Leaving Certificate Examination (including Day School Certificate (Higher) General paper), 1936
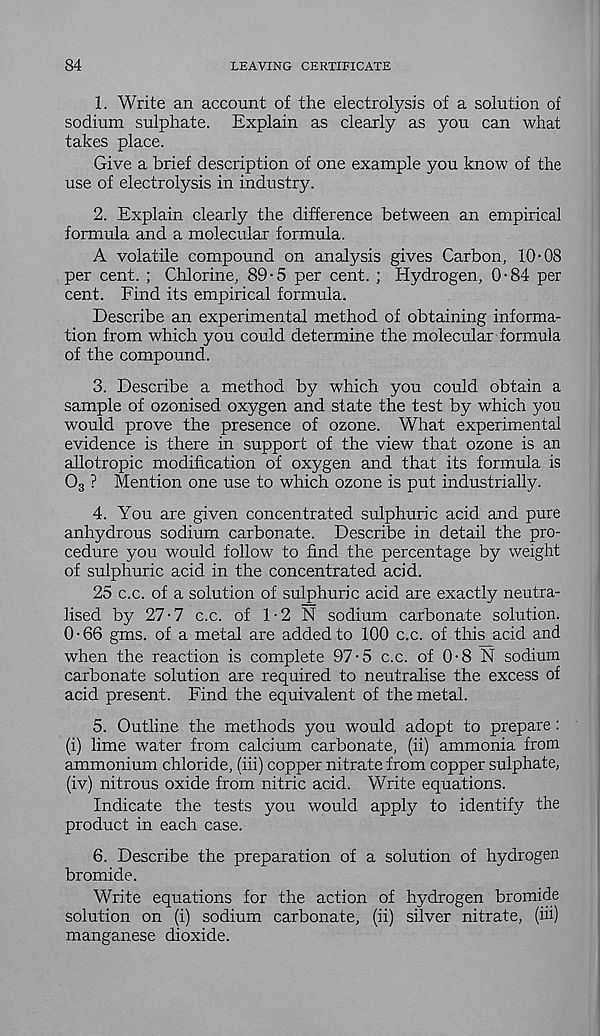
84
LEAVING CERTIFICATE
1. Write an account of the electrolysis of a solution of
sodium sulphate. Explain as clearly as you can what
takes place.
Give a brief description of one example you know of the
use of electrolysis in industry.
2. Explain clearly the difference between an empirical
formula and a molecular formula.
A volatile compound on analysis gives Carbon, 10-08
per cent. ; Chlorine, 89-5 per cent. ; Hydrogen, 0-84 per
cent. Find its empirical formula.
Describe an experimental method of obtaining informa-
tion from which you could determine the molecular formula
of the compound.
3. Describe a method by which you could obtain a
sample of ozonised oxygen and state the test by which you
would prove the presence of ozone. What experimental
evidence is there in support of the view that ozone is an
allotropic modification of oxygen and that its formula is
0 3 ? Mention one use to which ozone is put industrially.
4. You are given concentrated sulphuric acid and pure
anhydrous sodium carbonate. Describe in detail the pro-
cedure you would follow to find the percentage by weight
of sulphuric acid in the concentrated acid.
25 c.c. of a solution of sulphuric acid are exactly neutra-
lised by 27-7 c.c. of 1-2 N sodium carbonate solution.
0-66 gms. of a metal are added to 100 c.c. of this acid and
when the reaction is complete 97-5 c.c. of 0-8 N sodium
carbonate solution are required to neutralise the excess of
acid present. Find the equivalent of the metal.
5. Outline the methods you would adopt to prepare:
(i) lime water from calcium carbonate, (ii) ammonia from
ammonium chloride, (iii) copper nitrate from copper sulphate,
(iv) nitrous oxide from nitric acid. Write equations.
Indicate the tests you would apply to identify the
product in each case.
6. Describe the preparation of a solution of hydrogen
bromide.
Write equations for the action of hydrogen bromide
solution on (i) sodium carbonate, (ii) silver nitrate, (iii)
manganese dioxide.